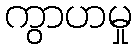
ကွာဟမှု